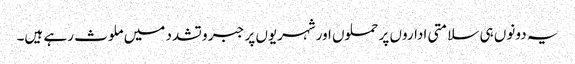
یہ دونوں ہی سلامتی اداروں پر حملوں اورشہریوں پر جبر و تشدد میں ملوث رہے ہیں۔